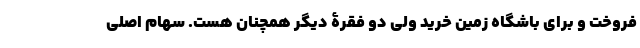
فروخت و برای باشگاه زمین خرید ولی دو فقرۀ دیگر همچنان هست‌. سهام اصلی